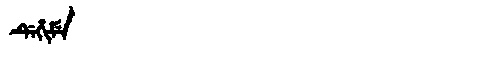
Manchu: ᡩᡝᡥᡳᠮᡝ
Romanization: DEHIME